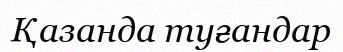
Қазанда туғандар